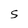
Character: S